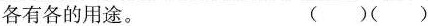
各有各的用途。（）（）